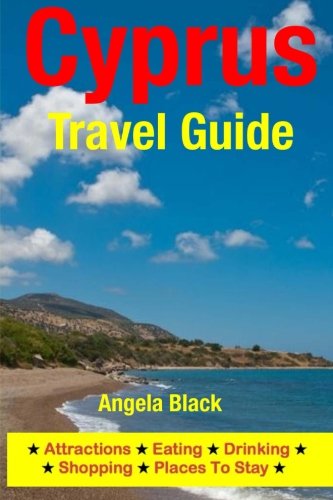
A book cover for Cyprus Travel Guide: Attractions, Eating, Drinking, Shopping & Places To Stay; Angela Black; Travel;